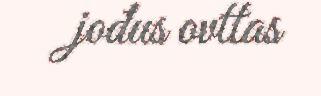
jođus ovttas